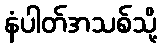
နံပါတ်အသစ်သို့